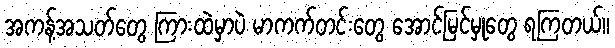
အကန့်အသတ်တွေ ကြားထဲမှာပဲ မာကက်တင်းတွေ အောင်မြင်မှုတွေ ရကြတယ်။